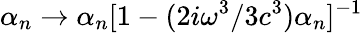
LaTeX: \alpha_{n}\rightarrow\alpha_{n}[1-(2i\omega^{3}/3c^{3})\alpha_{n}]^{-1}